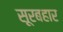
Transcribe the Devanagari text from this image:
सूरबहार